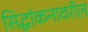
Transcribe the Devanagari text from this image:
सिद्धांकनावरील